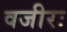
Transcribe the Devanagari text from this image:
वजीरः